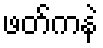
ဖတ်ကနဲ